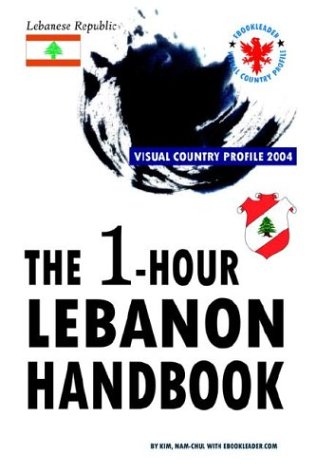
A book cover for The 1-hour Lebanon Handbook,Visual Country Profile 2004; Nam-chul Kim; Travel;